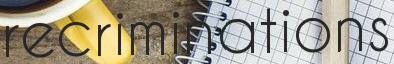
recriminations